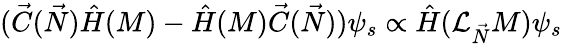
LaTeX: ({\vec{C}}({\vec{N}}){\hat{H}}(M)-{\hat{H}}(M){\vec{C}}({\vec{N}}))\psi_{s}\propto{\hat{H}}({\mathcal{L}}_{\vec{N}}M)\psi_{s}